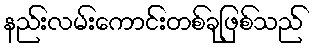
နည်းလမ်းကောင်းတစ်ခုဖြစ်သည်